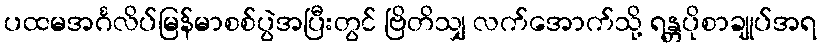
ပထမအင်္ဂလိပ်မြန်မာစစ်ပွဲအပြီးတွင် ဗြိတိသျှ လက်အောက်သို့ ရန္တပိုစာချုပ်အရ